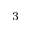
^ 3